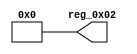
module r_PRODUCT_ID_LOW(output wire [7:0] reg_0x02);
	assign reg_0x02=8'h00;
endmodule